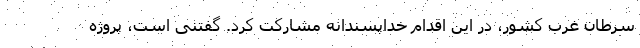
سرطان غرب کشور، در این اقدام خداپسندانه مشارکت کرد. گفتنی است، پروژه